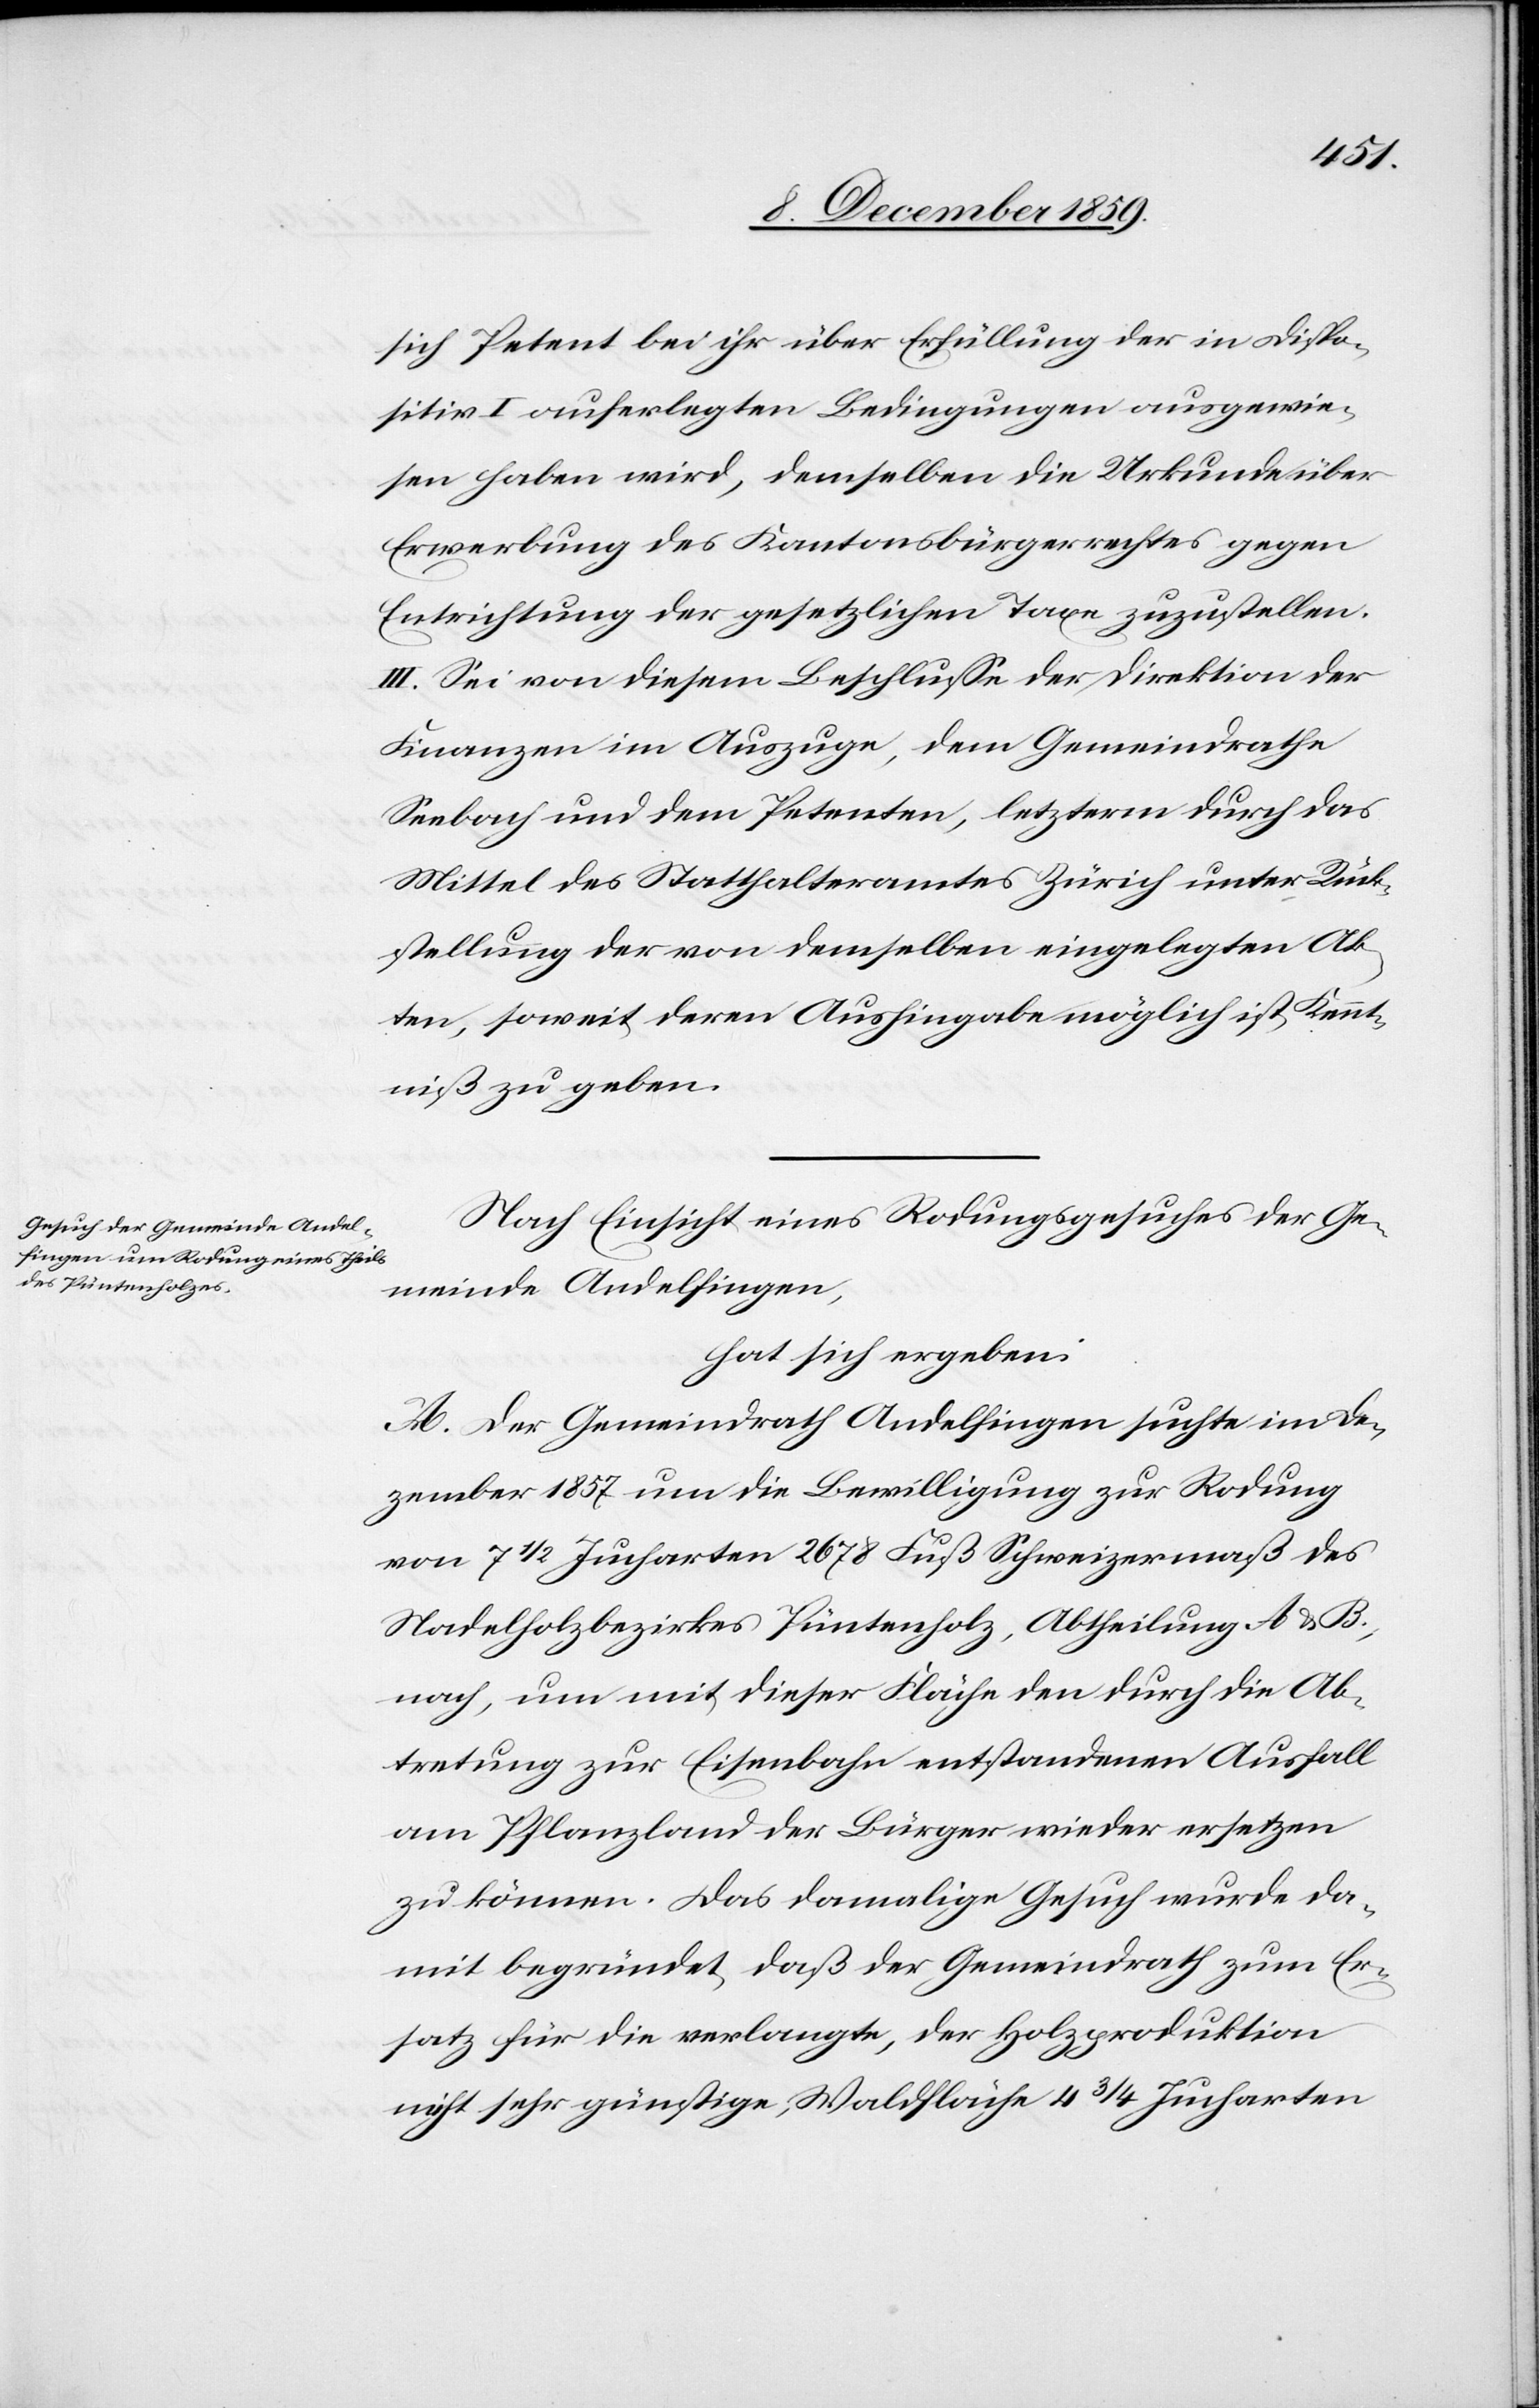
Kennt¬
sich Petent bei ihr über Erfüllung der in Dispo¬
sitiv I auferlegten Bedingungen ausgewie¬
sen haben wird, demselben die Urkunde über
Erwerbung des Kantonsbürgerrechtes gegen
Entrichtung der gesetzlichen Taxen zuzustellen.
III. Sei von diesem Beschlusse der Direktion der
Finanzen im Auszuge, dem Gemeinderath
Mittel des Statthalteramtes Zürich unter Rück¬
stellung der von demselben eingelegten Ak¬
niß zu geben.
Nach Einsicht eines Rodungsgesuches der Ge¬
meinde Andelfingen,
hat sich ergeben:
A. Der Gemeindrath Andelfingen suchte im De¬
zember 1857 um die Bewilligung zur Rodung
von 7 1/2 Jucharten 2678 Ruß Schweizermaß des
Nadelholzbezirkes Püntenholz, Abtheilung A & B,
nach, um mit dieser Fläche den durch die Ab¬
tretung zur Eisenbahn entstandenen Ausfall
an Pflanzland der Bürger wieder ersetzen
zu können. Das damalige Gesuch wurde da¬
mit begründet, daß der Gemeindrath zum Er¬
satz für die verlangte, der Holzproduktion
nicht sehr günstige, Waldfläche 4 3/4 Jucharten